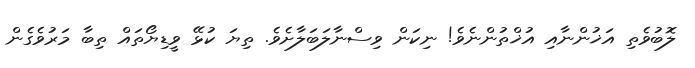
ލޮބުވެތި އަޚުންނާއި އުޚްތުންނެވެ! ނިކަން ވިސްނާލަބަލާށެވެ. ތިޔަ ކުޅޭ ވީޑިޔޯތައް ތިބާ މަރުވެގެން